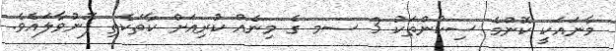
މާނައަކީ ކޮންމެ ސިކުންތަކު 3 ސމ ގެ މިނެއް ކުރިއަށް ކާތަކެތި ފޮނުވާލައެވެ.